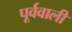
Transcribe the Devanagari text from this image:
पूर्ववाली